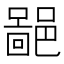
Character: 𨝚